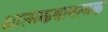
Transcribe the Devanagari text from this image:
आत्मकथानत्मक